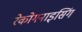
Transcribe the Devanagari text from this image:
रेकोगनाइसिंग